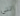
التي